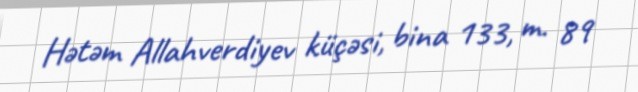
Hətəm Allahverdiyev küçəsi, bina 133, m. 89